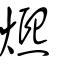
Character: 𤐤